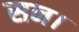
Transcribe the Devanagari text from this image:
सन।